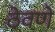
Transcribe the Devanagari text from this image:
ठेवणेे